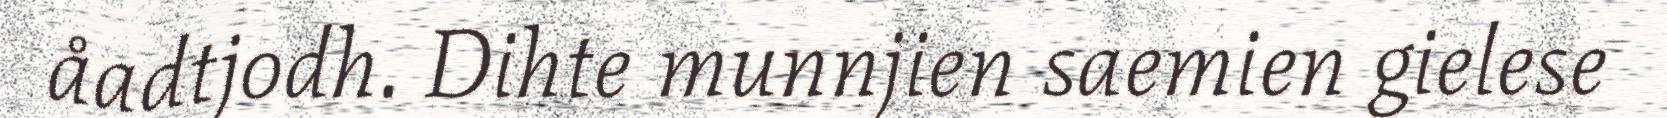
åadtjodh. Dihte munnjien saemien gielese